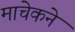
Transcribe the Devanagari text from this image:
माचेकने